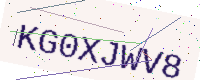
Text: KG0XJWV8